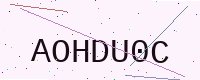
Text: AOHDU0C